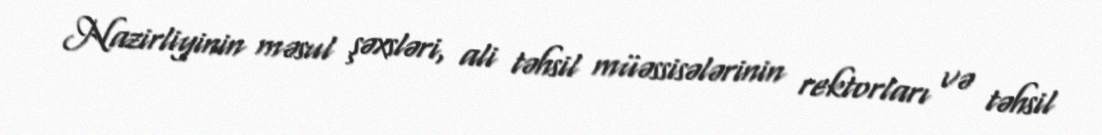
Nazirliyinin məsul şəxsləri, ali təhsil müəssisələrinin rektorları və təhsil